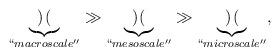
LaTeX: \begin{align*} \underbrace{ \begin{pmatrix} \end{pmatrix}}_{``macroscale''} \gg \underbrace{\begin{pmatrix}\end{pmatrix}}_{``mesoscale''} \gg \underbrace{\begin{pmatrix} \end{pmatrix}}_{``microscale''},\end{align*}